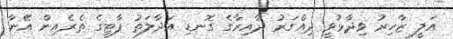
އަލީ ޒާހިރު ވިދާޅުވީ ދިއްގަރު ދާއިރާގެ ގޮނޑި އަދާލަތު ޕާޓީގެ ތެރެއިން އޭނާ